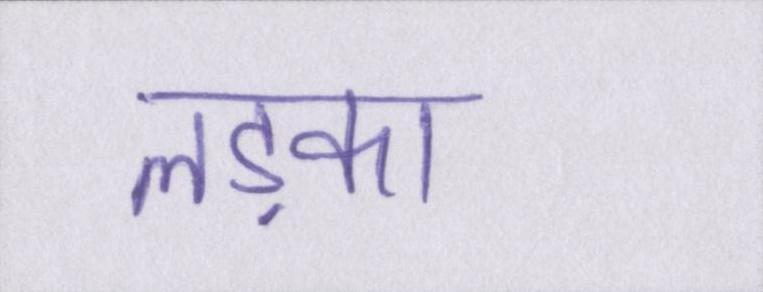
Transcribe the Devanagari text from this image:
लड़का